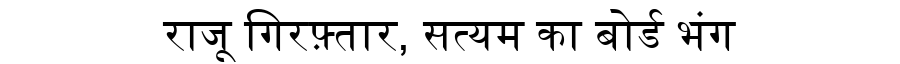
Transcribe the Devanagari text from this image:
राजू गिरफ़्तार, सत्यम का बोर्ड भंग